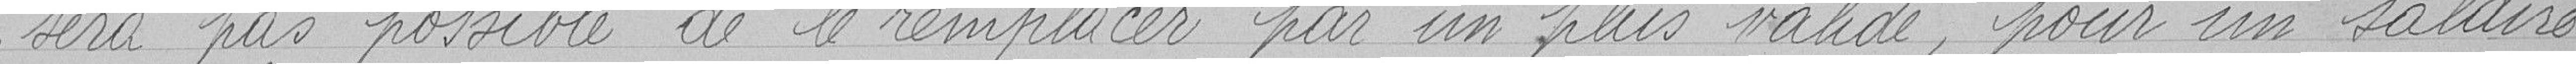
sera pas possible de le remplacer par un plus valide, pour un salaire